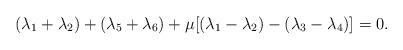
LaTeX: \begin{align*}(\lambda _{1}+\lambda _{2})+(\lambda _{5}+\lambda _{6})+\mu \lbrack (\lambda_{1}-\lambda _{2})-(\lambda _{3}-\lambda _{4})]=0.\end{align*}